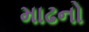
માઢનો